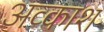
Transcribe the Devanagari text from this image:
अव्काश